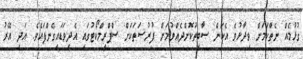
ގުޅުމެއް ނެތްކަމަށް ވިދާޅުވެ އެކަން ސާބިތުކޮށްދެއްވުމަށް ފުރުޞަތަކަށް ސްޕްރީމްކޯޓުގައި އެދިވަޑައިގެންފައެވެ. އަދި އޭރު